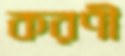
করণী